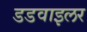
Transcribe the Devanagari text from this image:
डडवाइलर